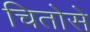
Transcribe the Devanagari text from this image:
चितोसे